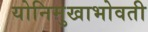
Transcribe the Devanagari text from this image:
योनिमुखाभोवती